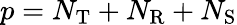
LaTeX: p=N_{\mathrm{T}}+N_{\mathrm{R}}+N_{\mathrm{S}}